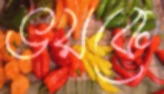
ভয়কে